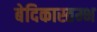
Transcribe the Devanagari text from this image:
बेदिकास्तम्भ